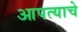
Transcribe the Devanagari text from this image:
आपत्याचे